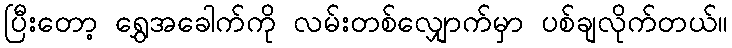
ပြီးတော့ ရွှေအခေါက်ကို လမ်းတစ်လျှောက်မှာ ပစ်ချလိုက်တယ်။